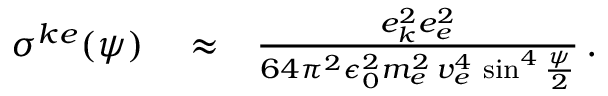
\begin{array} { r l r } { \sigma ^ { k e } ( \psi ) } & { { } \approx } & { \frac { e _ { k } ^ { 2 } e _ { e } ^ { 2 } } { 6 4 \pi ^ { 2 } \epsilon _ { 0 } ^ { 2 } m _ { e } ^ { 2 } \, v _ { e } ^ { 4 } \, \sin ^ { 4 } \frac { \psi } { 2 } } \, . } \end{array}